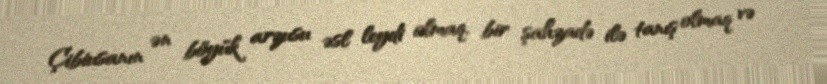
Çibiusanın ən böyük arzusu əsl leydi olmaq, bir şahzadə ilə tanış olmaq və